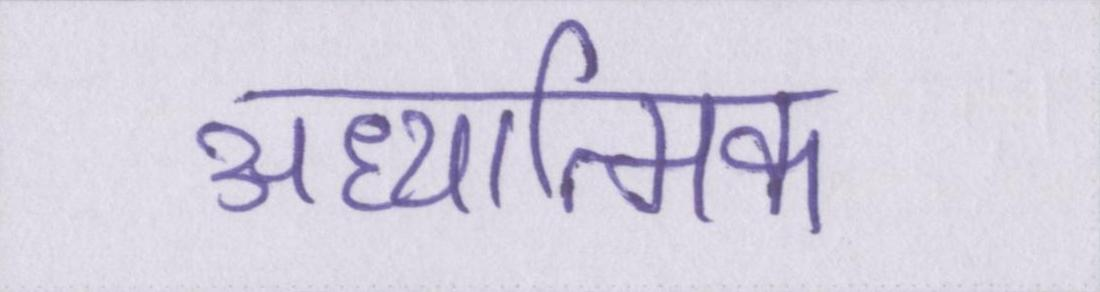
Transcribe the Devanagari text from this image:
अध्यात्मिक